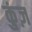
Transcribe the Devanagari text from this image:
कुंज़